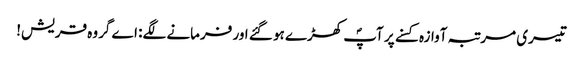
تیسری مرتبہ آوازہ کسنے پر آپؐ کھڑے ہو گئے اور فرمانے لگے: اے گروہ قریش!